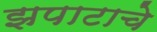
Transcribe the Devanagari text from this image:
झपाटाचे